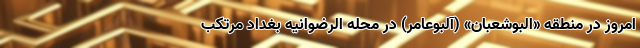
امروز در منطقه «البوشعبان» (آلبوعامر) در محله الرضوانیه بغداد مرتکب